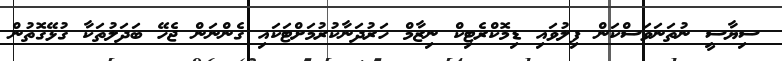
ސިޔާސީ ނުތަނަވަސްކަން ފިލުވައި ޑިމޮކްރެޓިކް ނިޒާމް ހަރުދަނާކުރުމަށްޓަކައި ގެންނަން ޖެހޭ ބަދަލުތަކާ ގުޅޭގޮތުން